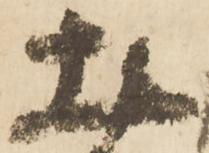
丈